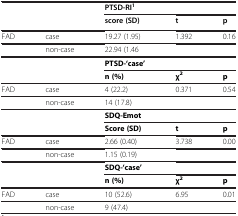
<table><thead><tr><td><b> </b></td><td><b> </b></td><td><b>PTSD-RI<sup>1</sup></b></td><td><b> </b></td><td><b> </b></td></tr><tr><td><b> </b></td><td><b> </b></td><td><b>score (SD)</b></td><td><b>t</b></td><td><b>p</b></td></tr></thead><tbody><tr><td>FAD</td><td>case</td><td>19.27 (1.95)</td><td>1.392</td><td>0.16</td></tr><tr><td> </td><td>non-case</td><td>22.94 (1.46</td><td> </td><td> </td></tr><tr><td> </td><td> </td><td><b>PTSD-‘case’</b></td><td> </td><td> </td></tr><tr><td> </td><td> </td><td><b>n (%)</b></td><td><b>χ</b><sup><b>2</b></sup></td><td><b>p</b></td></tr><tr><td>FAD</td><td>case</td><td>4 (22.2)</td><td>0.371</td><td>0.54</td></tr><tr><td> </td><td>non-case</td><td>14 (17.8)</td><td> </td><td> </td></tr><tr><td> </td><td> </td><td><b>SDQ-Emot</b></td><td> </td><td> </td></tr><tr><td> </td><td> </td><td><b>Score (SD)</b></td><td><b>t</b></td><td><b>p</b></td></tr><tr><td>FAD</td><td>case</td><td>2.66 (0.40)</td><td>3.738</td><td>0.00</td></tr><tr><td> </td><td>non-case</td><td>1.15 (0.19)</td><td> </td><td> </td></tr><tr><td> </td><td> </td><td><b>SDQ-‘case’</b></td><td> </td><td> </td></tr><tr><td> </td><td> </td><td><b>n (%)</b></td><td><b>χ</b><sup><b>2</b></sup></td><td><b>p</b></td></tr><tr><td>FAD</td><td>case</td><td>10 (52.6)</td><td>6.95</td><td>0.01</td></tr><tr><td> </td><td>non-case</td><td>9 (47.4)</td><td> </td><td> </td></tr></tbody></table>